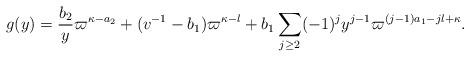
LaTeX: \begin{align*}g(y) = \frac{b_2}{y}\varpi^{\kappa-a_2}+(v^{-1}-b_1)\varpi^{\kappa-l}+b_1\sum_{j\geq 2} (-1)^{j} y^{j-1}\varpi^{(j-1)a_1-jl+\kappa}. \end{align*}